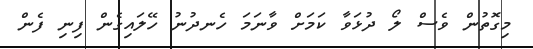
މިގޮތުން ވެސް ލޯ ދުޅަވާ ކަމަށް ވާނަމަ ހެނދުނު ހޭލައިގެން ފިނި ފެން